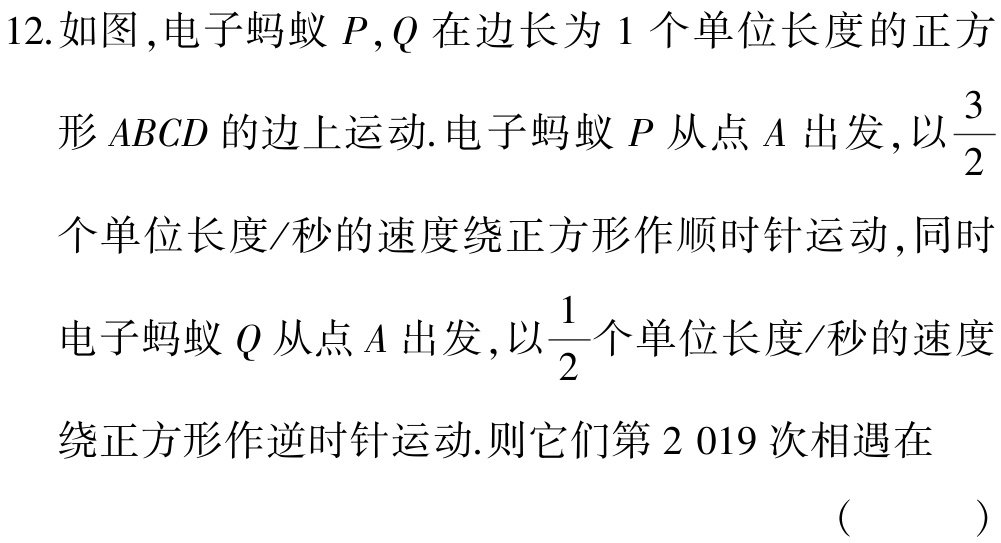
12.如图，电子蚂蚁\(P,Q\)在边长为\(1\)个单位长度的正方

形\(ABCD\)的边上运动. 电子蚂蚁\(P\)从点\(A\)出发，以\(\frac{3}{2}\)

个单位长度/秒的速度绕正方形作顺时针运动，同时

电子蚂蚁\(Q\)从点\(A\)出发，以\(\frac{1}{2}\)个单位长度/秒的速度

绕正方形作逆时针运动. 则它们第\(2 019\)次相遇在

（  ）